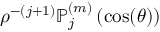
\rho ^ { - ( j + 1 ) } \mathbb { P } _ { j } ^ { ( m ) } \left( \cos ( \theta ) \right)